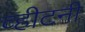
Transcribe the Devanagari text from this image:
व्हीटनी